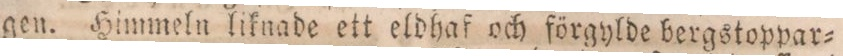
gen. Himmeln liknade ett eldhaf och förgylde bergstoppar=